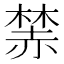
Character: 𧹫